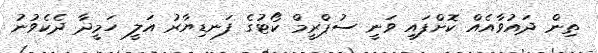
ތިން ދައުވާއެއް ކޮށްފައި ވަނީ ސުޕްރީމް ކޯޓުގެ ފަނޑިޔާރު އަލީ ހަމީދާ ދެކެވުނު